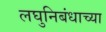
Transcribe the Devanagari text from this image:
लघुनिबंधाच्या